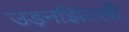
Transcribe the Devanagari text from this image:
उड़नझिल्ली